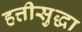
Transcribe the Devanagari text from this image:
हत्तीसुद्धा